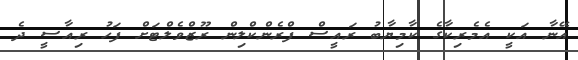
އޭނާ އަކީ އެމެރިކާގެ ކާމިޔާބު ރައީސް ފްރެންކްލިން ރޫޒްވެލްޓަށް ފަހު ރިއާސީ ދެ